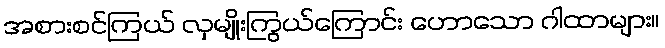
အစားစင်ကြယ် လှမျိုးကြွယ်ကြောင်း ဟောသော ဂါထာများ။